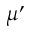
\mu ^ { \prime }